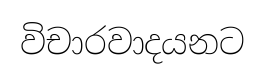
විචාරවාදයනට